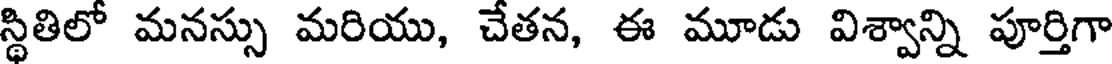
స్థితిలో మనస్సు మరియు, చేతన, ఈ మూడు విశ్వాన్ని పూర్తిగా